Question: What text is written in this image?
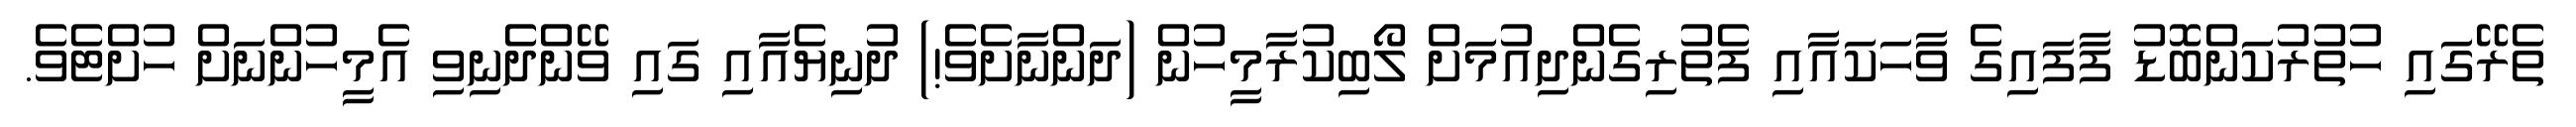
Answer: ތެރޭގައި ހުތުރުކަންބޮޑު ފާފައިގެ ވާހަކައާއި ފެތުރިގެންދިއުމަށް ލޯބިކުރާމީހުން (ދަންނާށެވެ!) ދުނިޔެއާއި ގައި ވޭންދެނިވި އެމީހުންނަށް ހުށްޓެވެ.